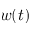
w ( t )